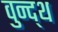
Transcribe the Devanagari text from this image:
वुन्द्थ